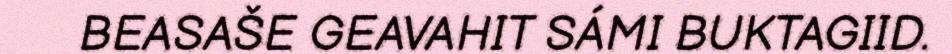
BEASAŠE GEAVAHIT SÁMI BUKTAGIID.